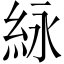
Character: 𬗊